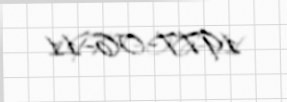
1977-06-11